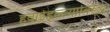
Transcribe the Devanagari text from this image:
हवाईहल्ल्याविरुद्ध